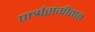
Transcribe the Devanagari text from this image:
पार्श्वसंगीतात